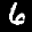
Label: 6